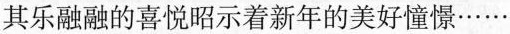
其乐融融的喜悦昭示着新年的美好憧憬……